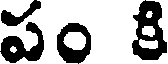
పం కి